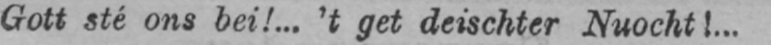
Gott sté ons bei!... ’t get deischter Nuocht!...